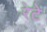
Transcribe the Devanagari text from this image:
रेटे